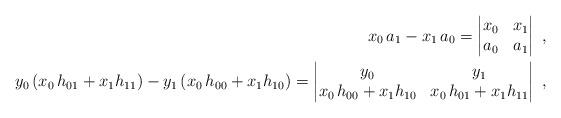
LaTeX: \begin{align*}x_0\,a_1-x_1\,a_0=\begin{vmatrix}x_0 & x_1 \\a_0 & a_1\end{vmatrix}\ ,\\y_0\,(x_0\,h_{01}+x_1h_{11})-y_1\,(x_0\,h_{00}+x_1h_{10})=\begin{vmatrix}y_0 & y_1 \\x_0\,h_{00}+x_1h_{10}&x_0\,h_{01}+x_1h_{11}\end{vmatrix}\ ,\end{align*}